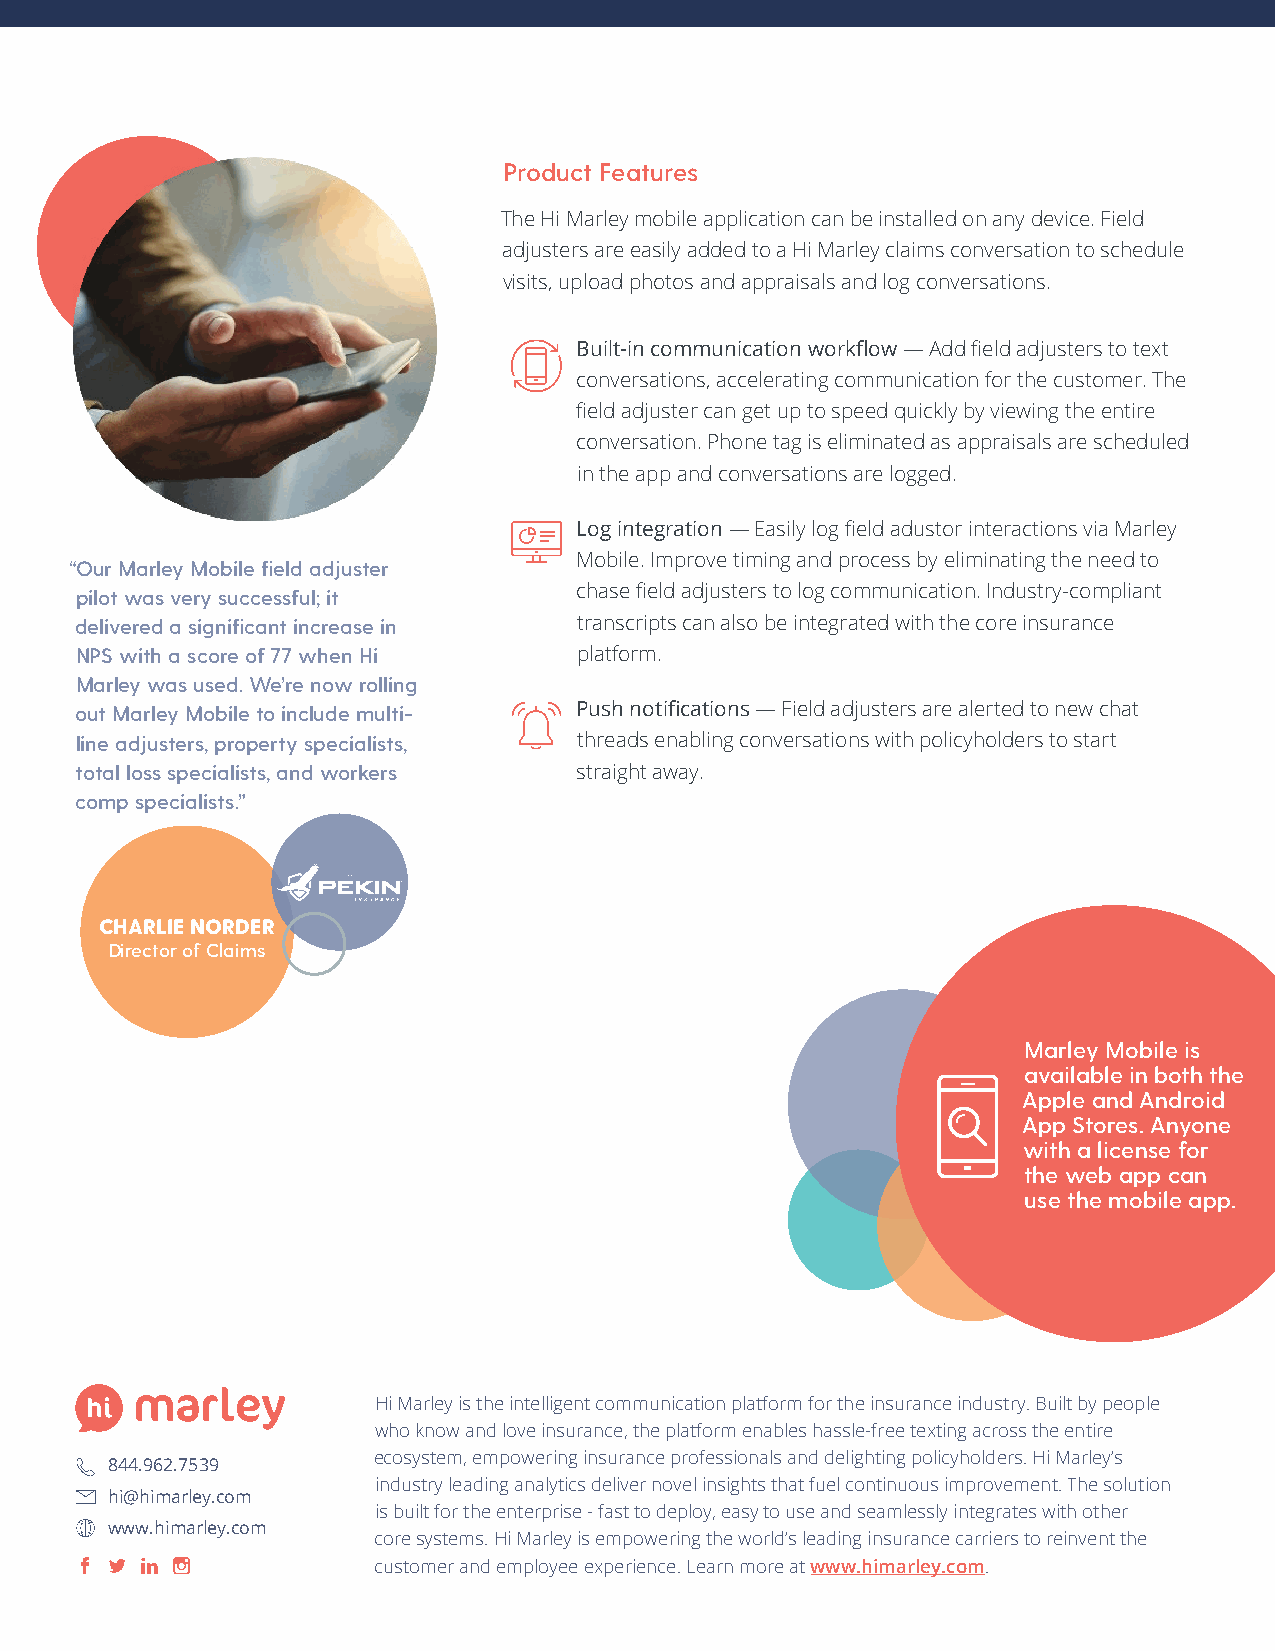
Product Features
 The Hi Marley mobile application can be installed on any device. Field
 adjusters are easily added to a Hi Marley claims conversation to schedule
 visits, upload photos and appraisals and log conversations.
 Built-in communication workflow — Add field adjusters to text
 conversations, accelerating communication for the customer. The
 field adjuster can get up to speed quickly by viewing the entire
 conversation. Phone tag is eliminated as appraisals are scheduled
 in the app and conversations are logged.
 Log integration — Easily log field adustor interactions via Marley
 Mobile. Improve timing and process by eliminating the need to
 “Our Marley Mobile field adjuster
 chase field adjusters to log communication. Industry-compliant
 pilot was very successful; it
 delivered a significant increase in transcripts can also be integrated with the core insurance
 NPS with a score of 77 when Hi   platform.
 Marley was used. We’re now rolling
 out Marley Mobile to include multi- Push notifications — Field adjusters are alerted to new chat
 line adjusters, property specialists, threads enabling conversations with policyholders to start
 total loss specialists, and workers straight away.
 comp specialists.”
 CHARLIE NORDER
 Director of Claims
 Marley Mobile is
 available in both the
 Apple and Android
 App Stores. Anyone
 with a license for
 the web app can
 use the mobile app.
 Hi Marley is the intelligent communication platform for the insurance industry. Built by people
 who know and love insurance, the platform enables hassle-free texting across the entire
 ecosystem, empowering insurance professionals and delighting policyholders. Hi Marley’s
 844.962.7539
 industry leading analytics deliver novel insights that fuel continuous improvement. The solution
 hi@himarley.com
 is built for the enterprise - fast to deploy, easy to use and seamlessly integrates with other
 www.himarley.com
 core systems. Hi Marley is empowering the world’s leading insurance carriers to reinvent the
 customer and employee experience. Learn more at www.himarley.com.